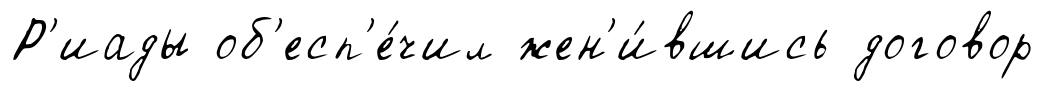
Р'иады об'есп'е́чил жен'и́вшись договор